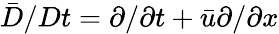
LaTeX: \bar{D}/Dt=\partial/\partial t+\bar{u}\partial/\partial x